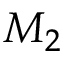
M _ { 2 }